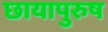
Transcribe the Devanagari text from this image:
छायापुरुष